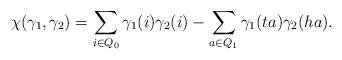
LaTeX: \begin{align*}\chi(\gamma_1,\gamma_2) = \sum_{i\in Q_0} \gamma_1(i)\gamma_2(i) - \sum_{a\in Q_1} \gamma_1(ta)\gamma_2(ha).\end{align*}